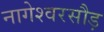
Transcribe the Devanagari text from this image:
नागेश्वरसौड़